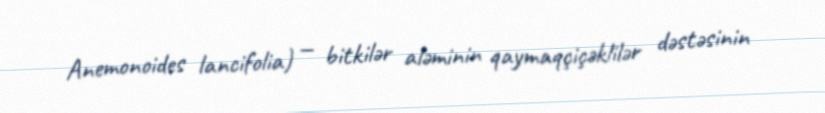
Anemonoides lancifolia) — bitkilər aləminin qaymaqçiçəklilər dəstəsinin